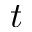
t